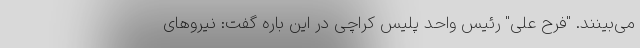
می‌بینند. "فرح علی" رئیس واحد پلیس کراچی در این باره گفت: نیروهای